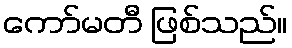
ကော်မတီ ဖြစ်သည်။